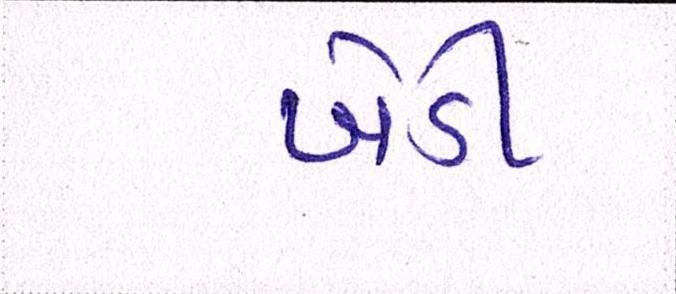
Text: ખેડી